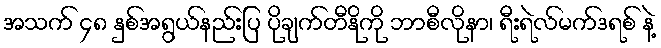
အသက် ၄၈ နှစ်အရွယ်နည်းပြ ပိုချက်တီနိုကို ဘာစီလိုနာ၊ ရီးရဲလ်မက်ဒရစ် နဲ့